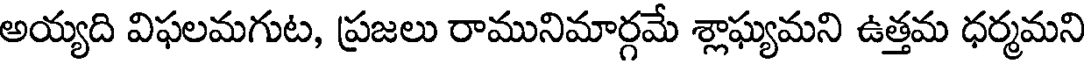
అయ్యది విఫలమగుట, ప్రజలు రామునిమార్గమే శ్లాఘ్యమని ఉత్తమ ధర్మమని